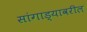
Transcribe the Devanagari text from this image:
सांगाड्यावरील